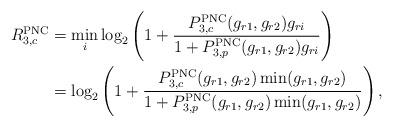
LaTeX: \begin{align*}R_{3,c}^{\mathrm{PNC}}&=\min_i \log_2\left(1+\frac{P_{3,c}^{\mathrm{PNC}}(g_{r1},g_{r2}) g_{ri}}{1+P_{3,p}^{\mathrm{PNC}}(g_{r1},g_{r2})g_{ri}}\right) \\&=\log_2\left(1+\frac{P_{3,c}^{\mathrm{PNC}}(g_{r1},g_{r2}) \min( g_{r1},g_{r2})}{1+P_{3,p}^{\mathrm{PNC}}(g_{r1},g_{r2})\min(g_{r1},g_{r2})}\right),\end{align*}